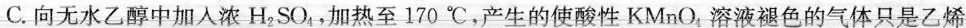
C.向无水乙醇中加入浓H_{2}SO_{4}，加热至170^{\circ}C，产生的使酸性KMnO_{4}，溶液褪色的气体只是乙烯